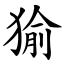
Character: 㺄